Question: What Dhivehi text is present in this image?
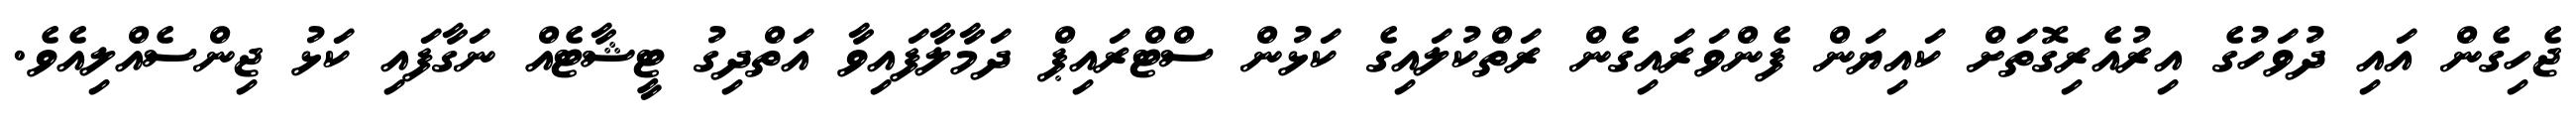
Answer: ޖެހިގެން އައި ދުވަހުގެ އިރުއެރިގޮތަށް ކައިޔަން ފެންވަރައިގެން ރަތްކުލައިގެ ކަޅުން ސްޓްރައިޕް ދަމާލާފައިވާ އަތްދިގު ޓީޝާޓެއް ނަގާފައި ކަޅު ޖިންސެއްލިއެވެ.